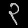
Digit: ၃